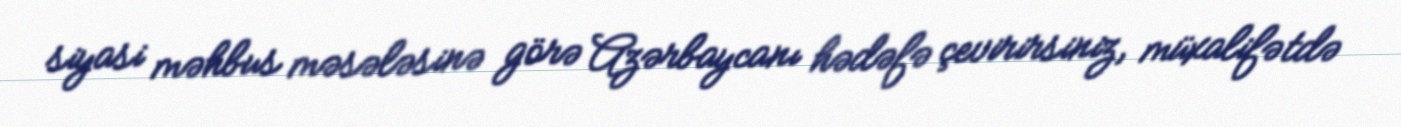
siyasi məhbus məsələsinə görə Azərbaycanı hədəfə çevirirsiniz, müxalifətdə